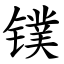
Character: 镤